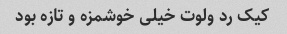
کیک رد ولوت خیلی خوشمزه و تازه بود